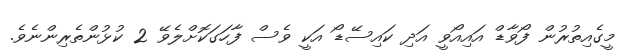
މީގެއިތުރުން ފޯވާޑް އައިއޯވީ އަދި ކައިސޭޑޯ އަކީ ވެސް ފާހަގަކޮށްލެވޭ 2 ކުޅުންތެރިންނެވެ.